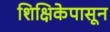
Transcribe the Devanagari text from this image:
शिक्षिकेपासून